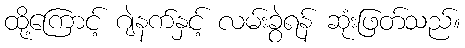
ထို့ကြောင့် ဂျဲနက်နှင့် လမ်းခွဲရန် ဆုံးဖြတ်သည်။